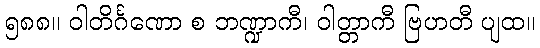
၅၈၈။ ဝါတိင်္ဂဏော စ ဘဏ္ဍာကီ၊ ဝါတ္တာကီ ဗြဟတီ ပျထ။